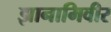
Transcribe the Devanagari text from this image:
झानामिवीर